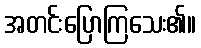
အတင်းပြောကြသေး၏။